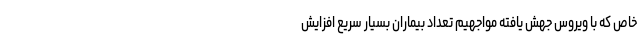
خاص که با ویروس جهش یافته مواجهیم تعداد بیماران بسیار سریع افزایش